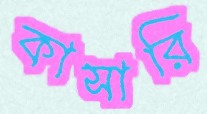
কাসারি